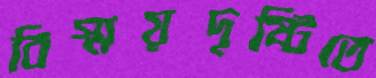
বিস্ময়দৃষ্টিতে